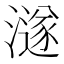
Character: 澻